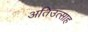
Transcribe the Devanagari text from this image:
अतिउत्साह